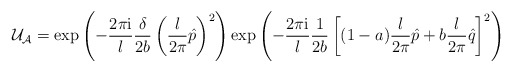
\begin{align*}{\cal U}_{\cal A}=\exp\left(-\frac{2\pi{\mathrm i}}{l}\frac{\delta}{2b}\left(\frac{l}{2\pi}\hat{p}\right)^2\right)\exp\left(-\frac{2\pi{\mathrm i}}{l}\frac{1}{2b}\left[(1-a)\frac{l}{2\pi}\hat{p}+b\frac{l}{2\pi}\hat{q}\right]^2\right)\end{align*}